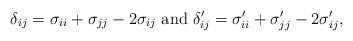
\begin{align*}\delta_{ij}=\sigma_{ii}+\sigma_{jj}-2\sigma_{ij}\ \mbox{and}\ \delta_{ij}'=\sigma_{ii}'+\sigma_{jj}'-2\sigma_{ij}',\end{align*}